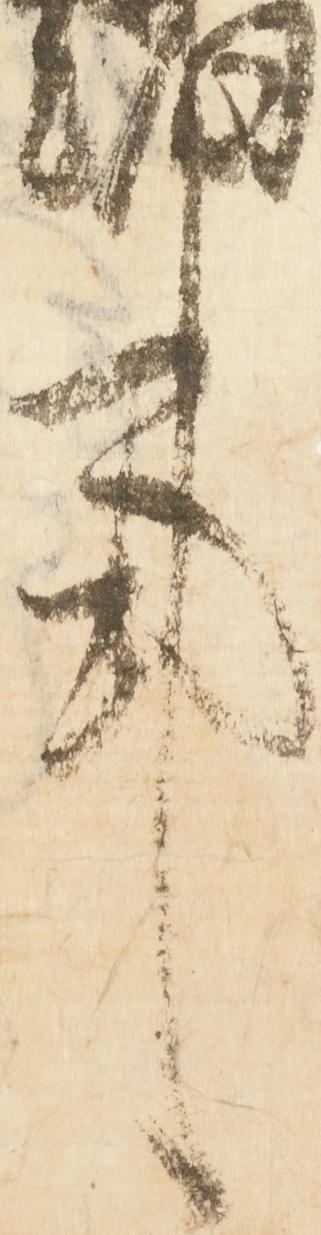
事